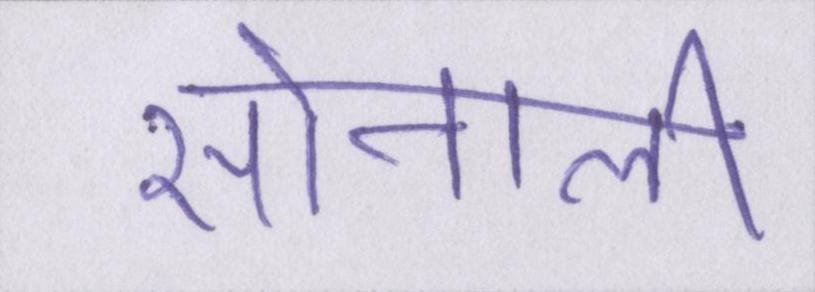
सोनाली